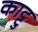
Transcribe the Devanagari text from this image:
काट्टु